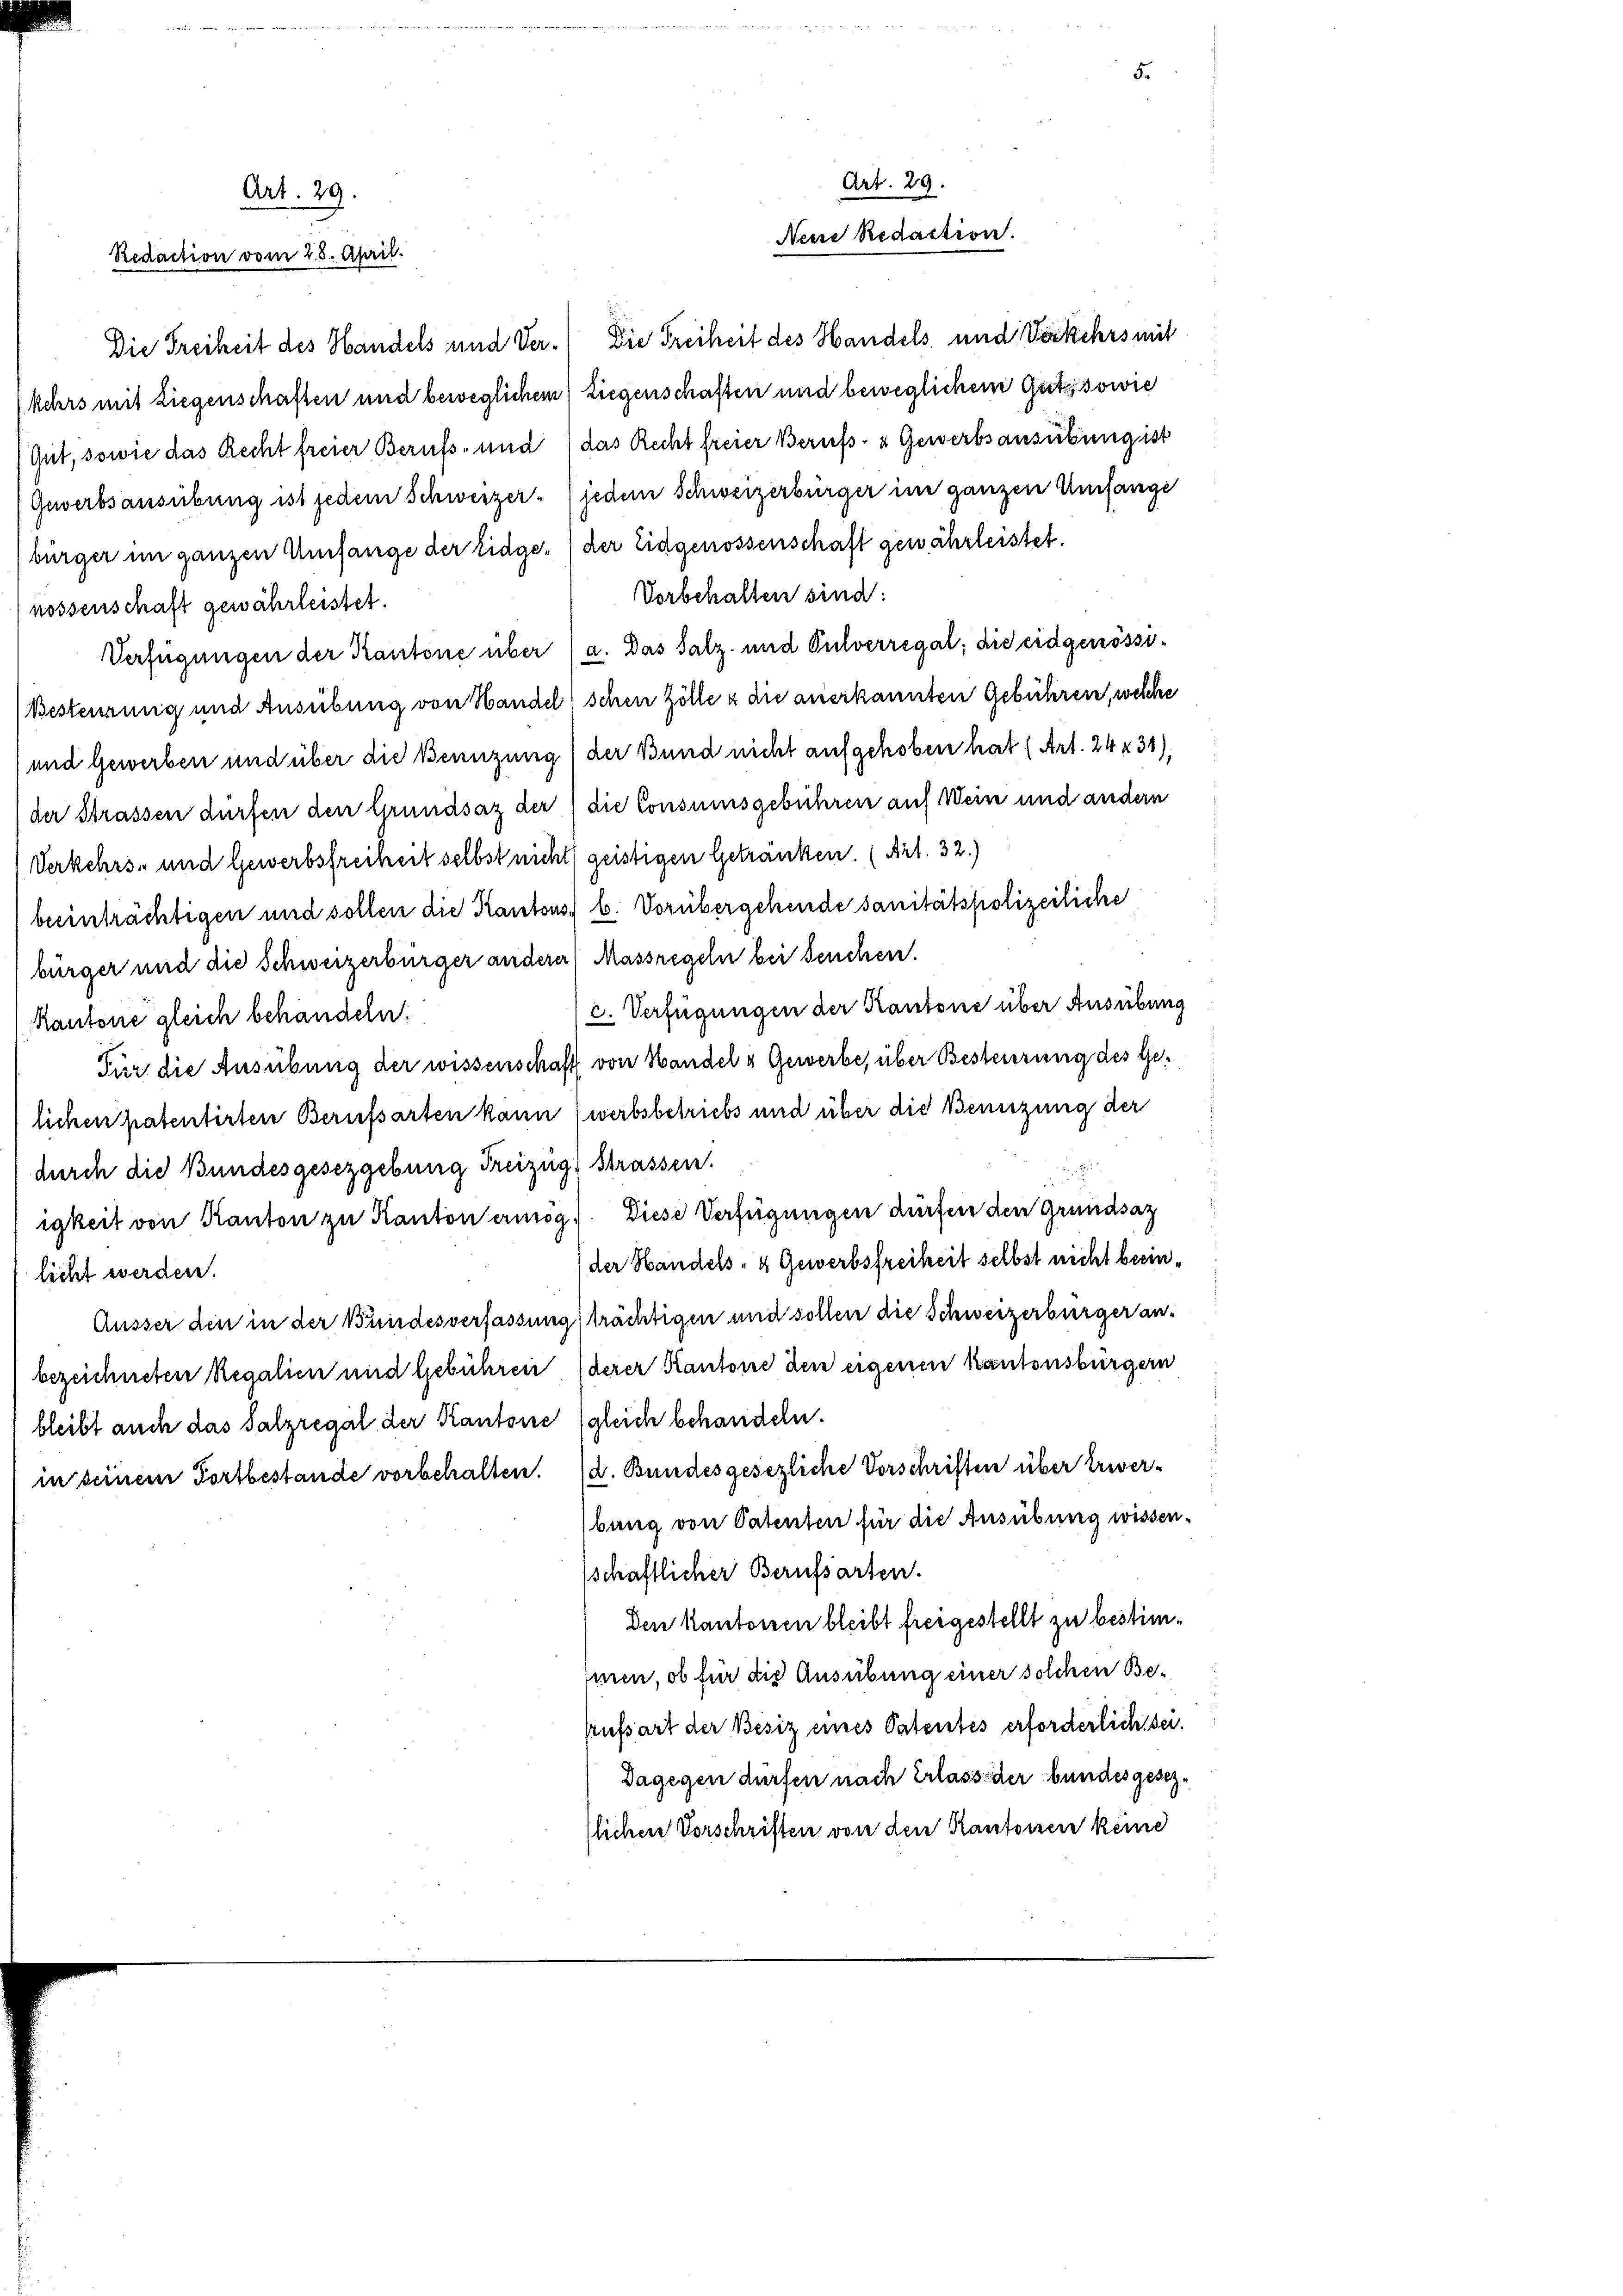
Art. 29.
Redaction vom 28. April.

bürger im ganzen Umfange der Eidge (der Eidgenossenschaft gewährleistet.
Vorbehalten sind:
nossenschaft gewährleistet.
Verfügungen der Kantone über a. Das Salz- und Pulverregal; die eidgenössi¬
Besteurung und Ausübung von Handel schen Zölle & die anerkannten Gebühren, welche
(und Gewerben und über die Benuzung der Bund nicht aufgehoben hat (Art. 24 x 31)
(der Strassen dürfen den Grundsaz der die Consumsgebühren auf Wein und andern
Verkehrs- und Gewerbsfreiheit selbst nicht (geistigen Getränken. (Art. 32.)
beeinträchtigen und sollen die Kantons, b. Vorübergehende sanitätspolizeiliche
bürger und die Schweizerbürger anderer Massregeln bei Feuchen.
c. Verfügungen der Kantone über Ausübung
Kantone gleich behandeln:
Für die Ausübung der wissenschafft von Handel u Gewerbe, über Besteuerung des Gelichen patentirten Berufsarten kann (werbsbetriebs und über die Benuzung der
durch die Bundesgesetzgebung Freizüg, Strassen.
igkeit von Kanton zu Kanton ermög.) Diese Verfügungen dürfen den Grundsaz
der Handels- & Gewerbsfreiheit selbst nicht beeinlicht werden.
Äusser den in der Bundesverfassung trächtigen und sollen die Schweizerbürger anbezeichneten Regalien und Gebühren (derer Kantone den eigenen Kantonsbürgern
bleibt auch das Salzregal der Kantone gleich behandeln.
in seinem Fortbestande vorbehalten. (d. Bundesgesezliche Vorschriften über Erwerbung von Patenten für die Ausübung wissen.
schaftlicher Berufsarten.
Den Kantonen bleibt freigestellt zu bestimmin, ob für die Ausübung einer solchen Be¬
Aufsart der Besiz eines Patentes erforderlich sei.
Dagegen dürfen nach Erlasse der bundesgeseztlichen Vorschriften von den Kantonen keine

Art. 29.
Neue Redaction.

Die Freiheit des Handels und Ver- (Die Freiheit des Handels und Verkehrs mit
kehrs mit Liegenschaften und beweglichem Liegenschaften und beweglichem Gutssowie
Gut, sowie das Recht freier Berufs- und das Recht freier Berufs- u Gewerbsausübung ist
Gewerbsausübung ist jedem Schweizer jedem Schweizerbürger im ganzen Umfange